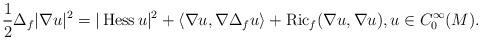
LaTeX: \begin{align*}\frac{1}{2} \Delta_{f} | \nabla u |^{2} = | \operatorname{Hess} u |^{2} + \left< \nabla u, \nabla \Delta_{f} u \right> + \operatorname{Ric}_{f}(\nabla u, \nabla u), u \in C_{0}^{\infty}(M).\end{align*}